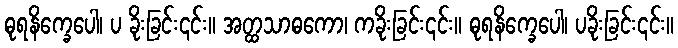
ဓုရနိက္ခေပေါ၊ ပ ခိုးခြင်း၎င်း။ အတ္ထသာဓကော၊ ကခိုးခြင်း၎င်း။ ဓုရနိက္ခေပေါ၊ ပခိုးခြင်း၎င်း။